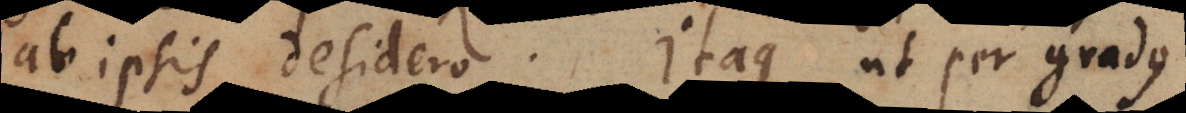
ab ipsis desidero. Itaque ut per gradus